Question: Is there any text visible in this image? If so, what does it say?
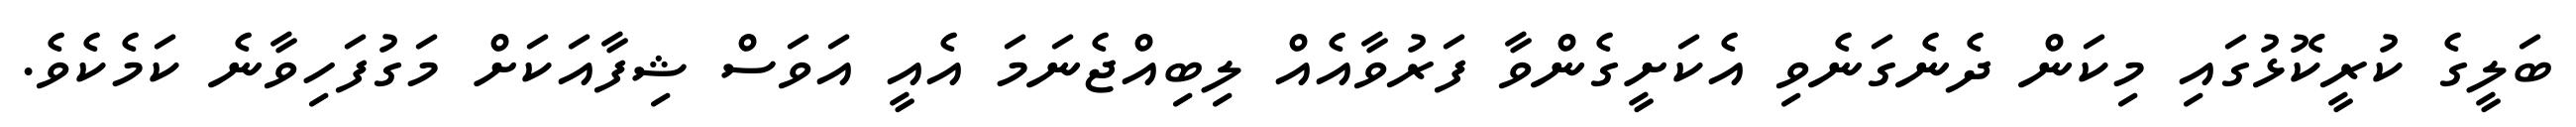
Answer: ބަލީގެ ކުރީކޮޅުގައި މިކަން ދެނެގަނެވި އެކަށީގެންވާ ފަރުވާއެއް ލިބިއްޖެނަމަ އެއީ އަވަސް ޝިފާއަކަށް މަގުފަހިވާނެ ކަމެކެވެ.